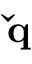
\mathbf { \check { q } }